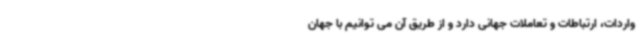
واردات، ارتباطات و تعاملات جهانی دارد و از طریق آن می توانیم با جهان